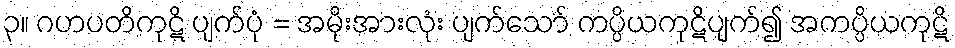
၃။ ဂဟပတိကုဋိ ပျက်ပုံ = အမိုးအားလုံး ပျက်သော် ကပ္ပိယကုဋိပျက်၍ အကပ္ပိယကုဋိ